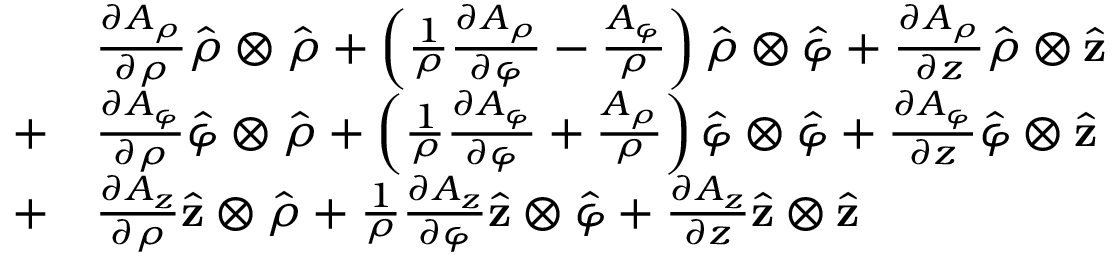
{ \begin{array} { r l } { } & { { \frac { \partial A _ { \rho } } { \partial \rho } } { \hat { \boldsymbol { \rho } } } \otimes { \hat { \boldsymbol { \rho } } } + \left( { \frac { 1 } { \rho } } { \frac { \partial A _ { \rho } } { \partial \varphi } } - { \frac { A _ { \varphi } } { \rho } } \right) { \hat { \boldsymbol { \rho } } } \otimes { \hat { \boldsymbol { \varphi } } } + { \frac { \partial A _ { \rho } } { \partial z } } { \hat { \boldsymbol { \rho } } } \otimes { \hat { \mathbf { z } } } } \\ { + } & { { \frac { \partial A _ { \varphi } } { \partial \rho } } { \hat { \boldsymbol { \varphi } } } \otimes { \hat { \boldsymbol { \rho } } } + \left( { \frac { 1 } { \rho } } { \frac { \partial A _ { \varphi } } { \partial \varphi } } + { \frac { A _ { \rho } } { \rho } } \right) { \hat { \boldsymbol { \varphi } } } \otimes { \hat { \boldsymbol { \varphi } } } + { \frac { \partial A _ { \varphi } } { \partial z } } { \hat { \boldsymbol { \varphi } } } \otimes { \hat { \mathbf { z } } } } \\ { + } & { { \frac { \partial A _ { z } } { \partial \rho } } { \hat { \mathbf { z } } } \otimes { \hat { \boldsymbol { \rho } } } + { \frac { 1 } { \rho } } { \frac { \partial A _ { z } } { \partial \varphi } } { \hat { \mathbf { z } } } \otimes { \hat { \boldsymbol { \varphi } } } + { \frac { \partial A _ { z } } { \partial z } } { \hat { \mathbf { z } } } \otimes { \hat { \mathbf { z } } } } \end{array} }